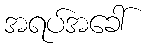
အရပ်အခေါ်